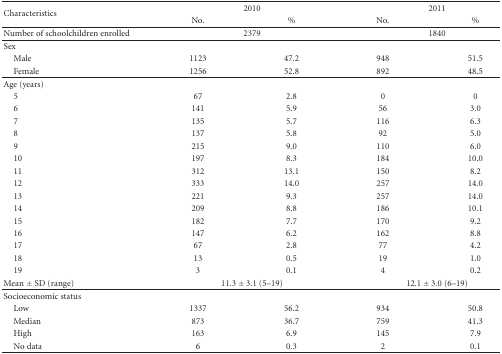
<table><thead><tr><td rowspan="2"><b>Characteristics</b></td><td colspan="2"><b>2010</b></td><td colspan="2"><b>2011</b></td></tr><tr><td><b>No.</b></td><td><b>%</b></td><td><b>No.</b></td><td><b>%</b></td></tr></thead><tbody><tr><td>Number of schoolchildren enrolled</td><td colspan="2">2379</td><td colspan="2">1840</td></tr><tr><td>Sex</td><td>[EMPTY_CELL]</td><td>[EMPTY_CELL]</td><td>[EMPTY_CELL]</td><td>[EMPTY_CELL]</td></tr><tr><td> Male</td><td>1123</td><td>47.2</td><td>948</td><td>51.5</td></tr><tr><td> Female</td><td>1256</td><td>52.8</td><td>892</td><td>48.5</td></tr><tr><td>Age (years)</td><td>[EMPTY_CELL]</td><td>[EMPTY_CELL]</td><td>[EMPTY_CELL]</td><td>[EMPTY_CELL]</td></tr><tr><td> 5</td><td>67</td><td>2.8</td><td>0</td><td>0</td></tr><tr><td> 6</td><td>141</td><td>5.9</td><td>56</td><td>3.0</td></tr><tr><td> 7</td><td>135</td><td>5.7</td><td>116</td><td>6.3</td></tr><tr><td> 8</td><td>137</td><td>5.8</td><td>92</td><td>5.0</td></tr><tr><td> 9</td><td>215</td><td>9.0</td><td>110</td><td>6.0</td></tr><tr><td> 10</td><td>197</td><td>8.3</td><td>184</td><td>10.0</td></tr><tr><td> 11</td><td>312</td><td>13.1</td><td>150</td><td>8.2</td></tr><tr><td> 12</td><td>333</td><td>14.0</td><td>257</td><td>14.0</td></tr><tr><td> 13</td><td>221</td><td>9.3</td><td>257</td><td>14.0</td></tr><tr><td> 14</td><td>209</td><td>8.8</td><td>186</td><td>10.1</td></tr><tr><td> 15</td><td>182</td><td>7.7</td><td>170</td><td>9.2</td></tr><tr><td> 16</td><td>147</td><td>6.2</td><td>162</td><td>8.8</td></tr><tr><td> 17</td><td>67</td><td>2.8</td><td>77</td><td>4.2</td></tr><tr><td> 18</td><td>13</td><td>0.5</td><td>19</td><td>1.0</td></tr><tr><td> 19</td><td>3</td><td>0.1</td><td>4</td><td>0.2</td></tr><tr><td>Mean ± SD (range)</td><td colspan="2">11.3 ± 3.1 (5–19)</td><td colspan="2">12.1 ± 3.0 (6–19)</td></tr><tr><td>Socioeconomic status</td><td>[EMPTY_CELL]</td><td>[EMPTY_CELL]</td><td>[EMPTY_CELL]</td><td>[EMPTY_CELL]</td></tr><tr><td> Low</td><td>1337</td><td>56.2</td><td>934</td><td>50.8</td></tr><tr><td> Median</td><td>873</td><td>36.7</td><td>759</td><td>41.3</td></tr><tr><td> High</td><td>163</td><td>6.9</td><td>145</td><td>7.9</td></tr><tr><td> No data</td><td>6</td><td>0.3</td><td>2</td><td>0.1</td></tr></tbody></table>